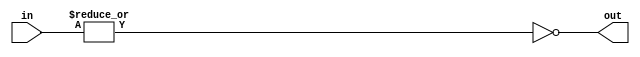
module zero (in, out);
input [4:0]in;
output out;


assign out = ~|in;

endmodule